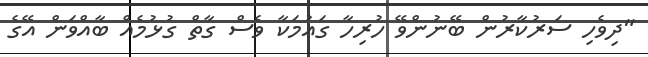
"ދިވެހި ސަރުކާރުން ބޭނުންވޭ ހުރިހާ ގައުމަކާ ވެސް ގާތް ގުޅުމެއް ބާއްވަން އޭގެ